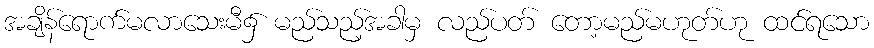
အချိန်ရောက်မလာသေးမီ၌ မည်သည့်အခါမှ လည်ပတ် တော့မည်မဟုတ်ဟု ထင်ရသော